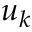
u _ { k }